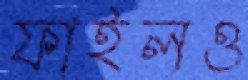
ফাইলও